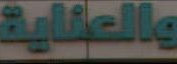
والعناية